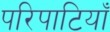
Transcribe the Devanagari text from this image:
परिपाटियाँ